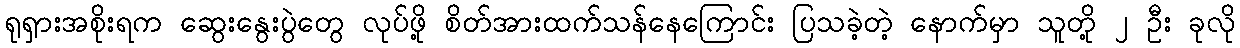
ရုရှားအစိုးရက ဆွေးနွေးပွဲတွေ လုပ်ဖို့ စိတ်အားထက်သန်နေကြောင်း ပြသခဲ့တဲ့ နောက်မှာ သူတို့ ၂ ဦး ခုလို